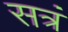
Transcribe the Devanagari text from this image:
सत्रं